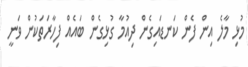
މުޅި މާލެ އިން ފެން ކަނޑައިގެން ދިއުމާ ގުޅިގެން ބައެއް ފިހާރަތަކުން ވަނީ